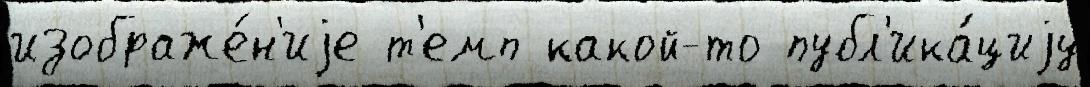
изображе́н'иjе т'емп какой-то публ'ика́циjу